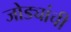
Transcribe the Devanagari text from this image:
जोड्यांची